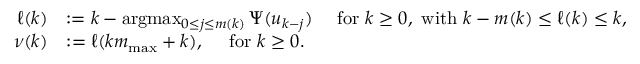
\begin{array} { r l } { \ell ( k ) } & { : = k - \arg \! \operatorname* { m a x } _ { 0 \leq j \leq m ( k ) } { \Psi } ( u _ { k - j } ) \quad \mathrm { ~ f o r ~ } k \geq 0 , \mathrm { ~ w i t h ~ } k - m ( k ) \leq \ell ( k ) \leq k , } \\ { \nu ( k ) } & { : = \ell ( k { m _ { \mathrm { m a x } } } + k ) , \quad \mathrm { ~ f o r ~ } k \geq 0 . } \end{array}